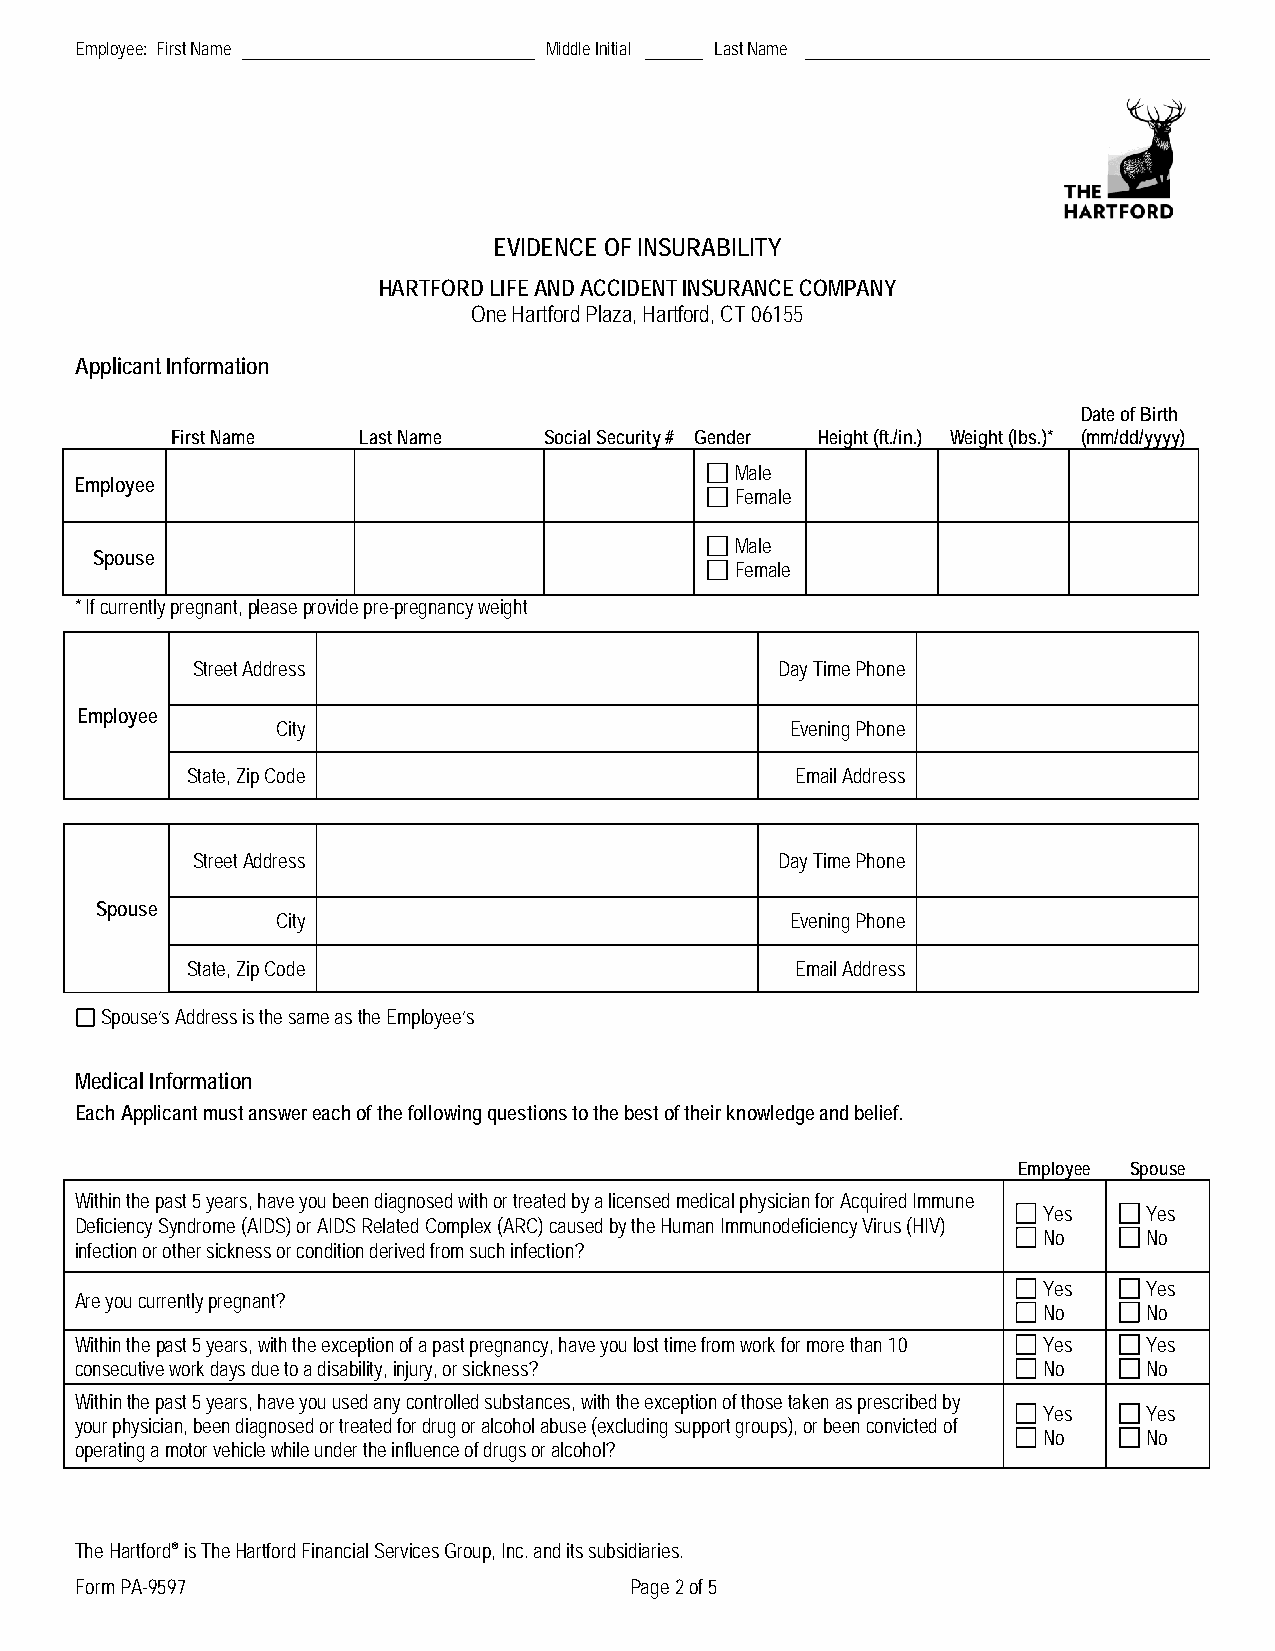
Employee: First Name           Middle Initial Last Name
 EVIDENCE OF INSURABILITY
 HARTFORD LIFE AND ACCIDENT INSURANCE COMPANY
 One Hartford Plaza, Hartford, CT 06155
 Applicant Information
 Date of Birth
 First Name   Last Name   Social Security # Gender Height (ft./in.) Weight (lbs.)* (mm/dd/yyyy)
 Male
 Employee
 Female
 Male
 Spouse
 Female
 * If currently pregnant, please provide pre-pregnancy weight
 Street Address                         Day Time Phone
 Employee
 City                              Evening Phone
 State, Zip Code                          Email Address
 Street Address                         Day Time Phone
 Spouse
 City                              Evening Phone
 State, Zip Code                          Email Address
 Spouse’s Address is the same as the Employee’s
 Medical Information
 Each Applicant must answer each of the following questions to the best of their knowledge and belief.
 Employee Spouse
 Within the past 5 years, have you been diagnosed with or treated by a licensed medical physician for Acquired Immune
 Yes    Yes
 Deficiency Syndrome (AIDS) or AIDS Related Complex (ARC) caused by the Human Immunodeficiency Virus (HIV)
 No     No
 infection or other sickness or condition derived from such infection?
 Yes    Yes
 Are you currently pregnant?
 No     No
 Within the past 5 years, with the exception of a past pregnancy, have you lost time from work for more than 10 Yes Yes
 consecutive work days due to a disability, injury, or sickness? No     No
 Within the past 5 years, have you used any controlled substances, with the exception of those taken as prescribed by
 Yes    Yes
 your physician, been diagnosed or treated for drug or alcohol abuse (excluding support groups), or been convicted of
 No     No
 operating a motor vehicle while under the influence of drugs or alcohol?
 The Hartford® is The Hartford Financial Services Group, Inc. and its subsidiaries.
 Form PA-9597                         Page 2 of 5